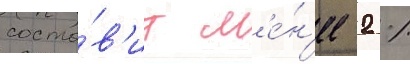
соста́в'ит м'е́н'ее 2 %